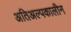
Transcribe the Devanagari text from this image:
अतिअल्पकालीन